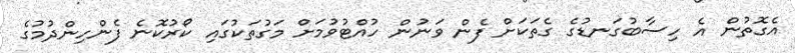
އެގޮތުން އެ ހިސާބުގަނޑުގެ ގެތަކަށް ފެން ވަނުން ހުއްޓުވުމަށް މަގުތަކުގައި ކޯރުކޮނެ ފެންހިންދުމުގެ